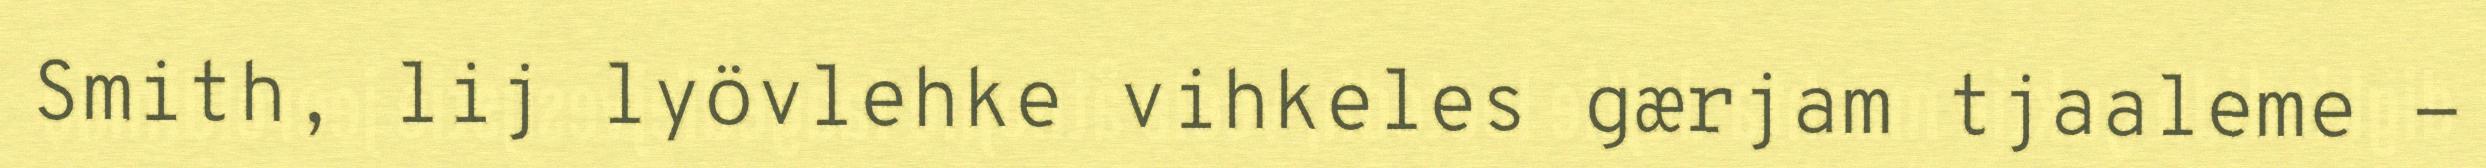
Smith, lij lyövlehke vihkeles gærjam tjaaleme -